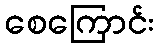
စေကြောင်း